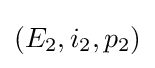
(E_{2},i_{2},p_{2})